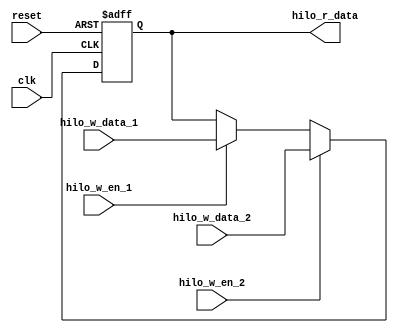
`timescale 1ns / 1ps
//////////////////////////////////////////////////////////////////////////////////
// Company: 
// Engineer: 
// 
// Design Name: 
// Module Name: register_hilo
// Project Name: 
// Target Devices: 
// Tool Versions: 
// Description: 
// 
// Dependencies: 
// 
// Revision:
// Revision 0.01 - File Created
// Additional Comments:
// 
//////////////////////////////////////////////////////////////////////////////////

//hilo
module Register_HiLo(
	input clk,
	input reset,
	input hilo_w_en_1,
	input hilo_w_en_2,
	input [31:0] hilo_w_data_1,
	input [31:0] hilo_w_data_2,
	output [31:0] hilo_r_data
    );
	
	reg [31:0] Register;
	assign hilo_r_data=Register;
	
	always @(negedge clk or negedge reset)
	begin
		if(reset==0)
			Register <= 32'b0;
		else if(hilo_w_en_2)
		begin
			Register<= hilo_w_data_2;
		end
		else if(hilo_w_en_1)
		begin
			Register<= hilo_w_data_1;
		end
	end
	
	// always @(negedge clk)
	// begin
		// if(hilo_w_en_2)
		// begin
			// Register<= hilo_w_data_2;
		// end
	// end
	

endmodule